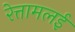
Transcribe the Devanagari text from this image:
रेत्तामलई